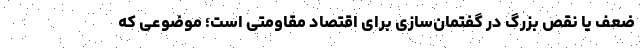
ضعف یا نقص بزرگ در گفتمان‌سازی برای اقتصاد مقاومتی است؛ موضوعی که